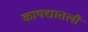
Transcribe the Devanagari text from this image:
कायद्यातली